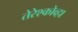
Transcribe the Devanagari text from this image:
तेरेश्कोव्हा